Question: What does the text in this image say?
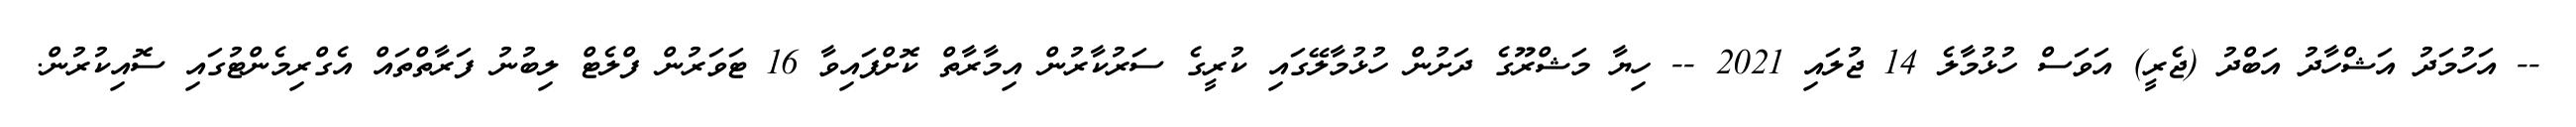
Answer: -- އަހުމަދު އަޝްހާދު އަބްދު (ޖެރީ) އަވަސް ހުޅުމާލެ 14 ޖުލައި 2021 -- ހިޔާ މަޝްރޫގެ ދަށުން ހުޅުމާލޭގައި ކުރީގެ ސަރުކާރުން އިމާރާތް ކޮށްފައިވާ 16 ޓަވަރުން ފްލެޓް ލިބުނު ފަރާތްތައް އެގްރިމެންޓުގައި ސޮއިކުރުން.